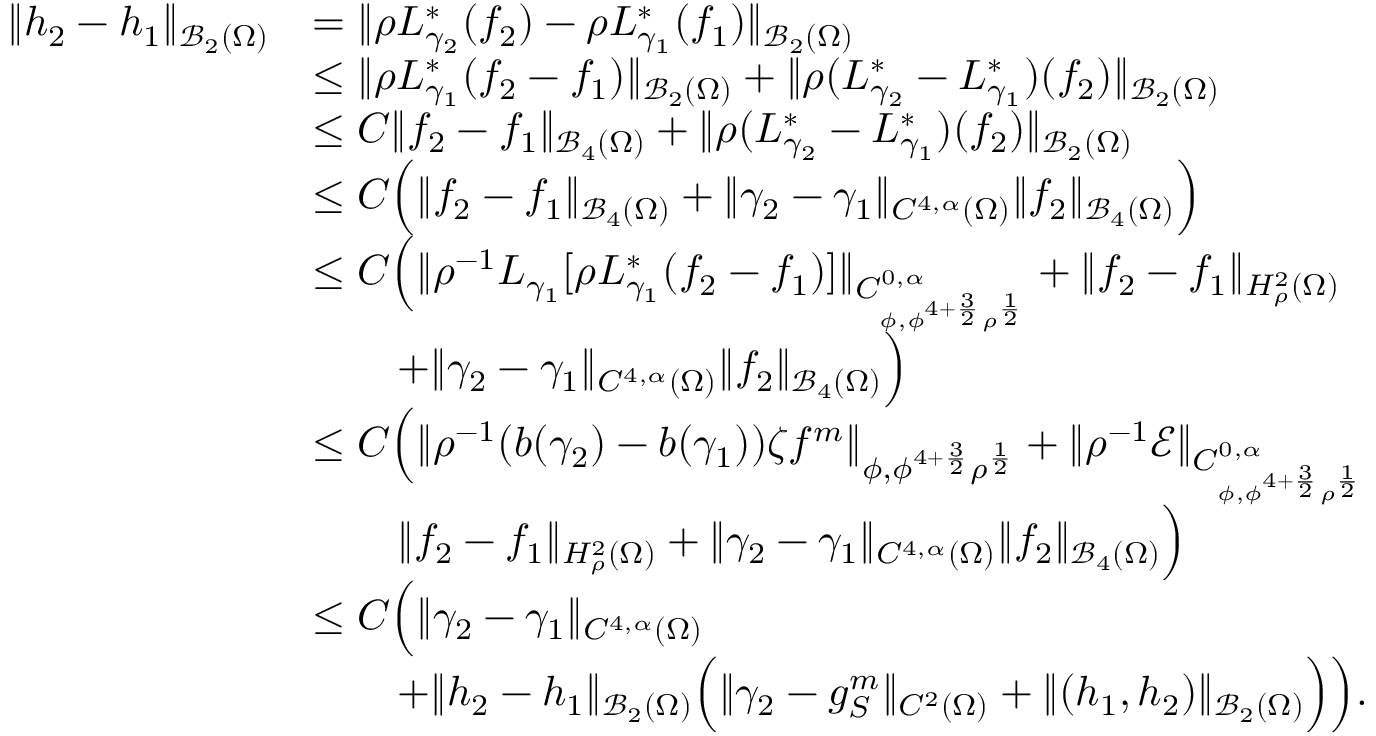
\begin{array} { r l } { \| h _ { 2 } - h _ { 1 } \| _ { \mathcal B _ { 2 } ( \Omega ) } } & { = \| \rho L _ { \gamma _ { 2 } } ^ { * } ( f _ { 2 } ) - \rho L _ { \gamma _ { 1 } } ^ { * } ( f _ { 1 } ) \| _ { \mathcal B _ { 2 } ( \Omega ) } } \\ & { \leq \| \rho L _ { \gamma _ { 1 } } ^ { * } ( f _ { 2 } - f _ { 1 } ) \| _ { \mathcal B _ { 2 } ( \Omega ) } + \| \rho ( L _ { \gamma _ { 2 } } ^ { * } - L _ { \gamma _ { 1 } } ^ { * } ) ( f _ { 2 } ) \| _ { \mathcal B _ { 2 } ( \Omega ) } } \\ & { \leq C \| f _ { 2 } - f _ { 1 } \| _ { \mathcal B _ { 4 } ( \Omega ) } + \| \rho ( L _ { \gamma _ { 2 } } ^ { * } - L _ { \gamma _ { 1 } } ^ { * } ) ( f _ { 2 } ) \| _ { \mathcal B _ { 2 } ( \Omega ) } } \\ & { \leq C \Big ( \| f _ { 2 } - f _ { 1 } \| _ { \mathcal B _ { 4 } ( \Omega ) } + \| \gamma _ { 2 } - \gamma _ { 1 } \| _ { C ^ { 4 , \alpha } ( \Omega ) } \| f _ { 2 } \| _ { \mathcal B _ { 4 } ( \Omega ) } \Big ) } \\ & { \leq C \Big ( \| \rho ^ { - 1 } L _ { \gamma _ { 1 } } [ \rho L _ { \gamma _ { 1 } } ^ { * } ( f _ { 2 } - f _ { 1 } ) ] \| _ { C _ { \phi , \phi ^ { 4 + \frac 3 2 } \rho ^ { \frac 1 2 } } ^ { 0 , \alpha } } + \| f _ { 2 } - f _ { 1 } \| _ { H _ { \rho } ^ { 2 } ( \Omega ) } } \\ & { \qquad + \| \gamma _ { 2 } - \gamma _ { 1 } \| _ { C ^ { 4 , \alpha } ( \Omega ) } \| f _ { 2 } \| _ { \mathcal B _ { 4 } ( \Omega ) } \Big ) } \\ & { \leq C \Big ( \| \rho ^ { - 1 } ( b ( \gamma _ { 2 } ) - b ( \gamma _ { 1 } ) ) \zeta f ^ { m } \| _ { \phi , \phi ^ { 4 + \frac 3 2 } \rho ^ { \frac 1 2 } } + \| \rho ^ { - 1 } \mathscr E \| _ { C _ { \phi , \phi ^ { 4 + \frac 3 2 } \rho ^ { \frac 1 2 } } ^ { 0 , \alpha } } } \\ & { \qquad \| f _ { 2 } - f _ { 1 } \| _ { H _ { \rho } ^ { 2 } ( \Omega ) } + \| \gamma _ { 2 } - \gamma _ { 1 } \| _ { C ^ { 4 , \alpha } ( \Omega ) } \| f _ { 2 } \| _ { \mathcal B _ { 4 } ( \Omega ) } \Big ) } \\ & { \leq C \Big ( \| \gamma _ { 2 } - \gamma _ { 1 } \| _ { C ^ { 4 , \alpha } ( \Omega ) } } \\ & { \qquad + \| h _ { 2 } - h _ { 1 } \| _ { \mathcal B _ { 2 } ( \Omega ) } \Big ( \| \gamma _ { 2 } - g _ { S } ^ { m } \| _ { C ^ { 2 } ( \Omega ) } + \| ( h _ { 1 } , h _ { 2 } ) \| _ { \mathcal B _ { 2 } ( \Omega ) } \Big ) \Big ) . } \end{array}